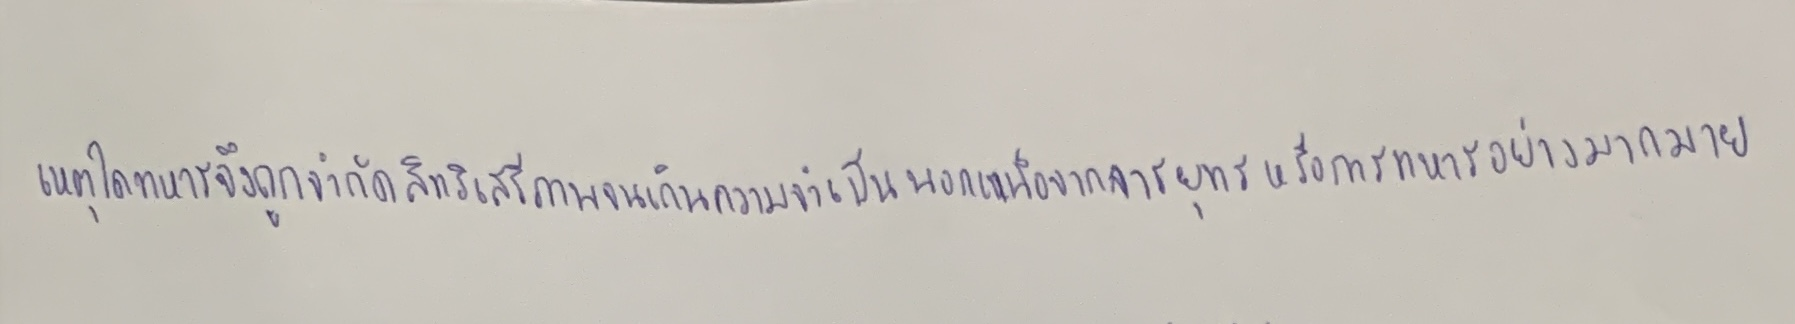
เหตุใดทหารจึงถูกจำกัดสิทธิเสรีภาพจนเกินความจำเป็นนอกเหนือจากการยุทธหรือการทหารอย่างมากมาย